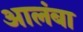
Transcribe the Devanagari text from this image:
आलंबा